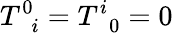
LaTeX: T_{\, \, \, i}^{0}=T_{\, \, \, 0}^{i}=0